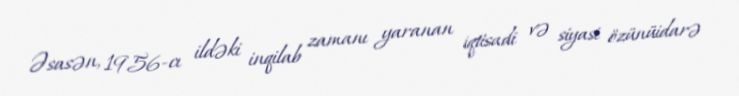
Əsasən, 1956-cı ildəki inqilab zamanı yaranan iqtisadi və siyasi özünüidarə